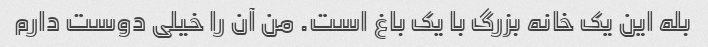
بله این یک خانه بزرگ با یک باغ است. من آن را خیلی دوست دارم